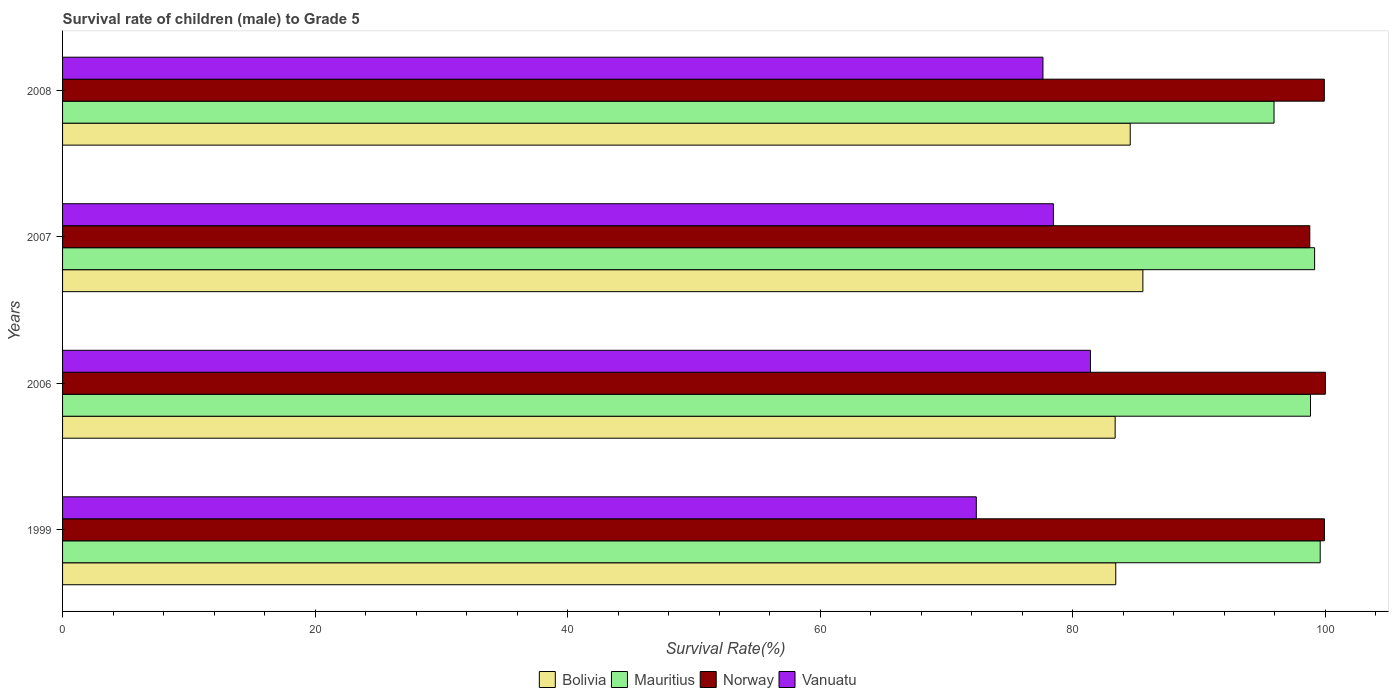
| Years | Bolivia | Mauritius | Norway | Vanuatu |
 | --- | --- | --- | --- | --- |
 | 1999 | 83.4 | 99.6 | 99.9 | 72.4 |
 | 2006 | 83.4 | 98.8 | 100 | 81.4 |
 | 2007 | 85.6 | 99.2 | 98.8 | 78.5 |
 | 2008 | 84.5 | 95.9 | 99.9 | 77.6 |